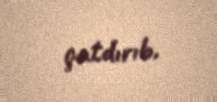
çatdırıb.